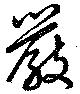
厳